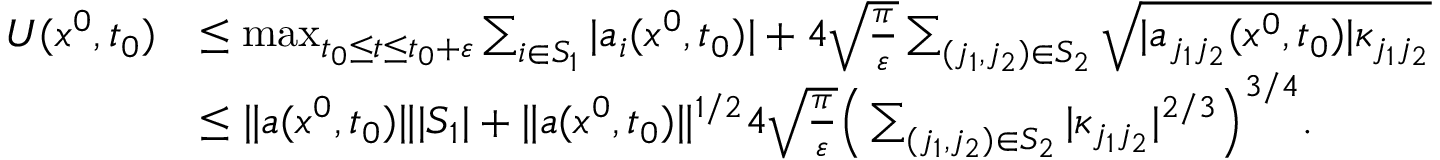
\begin{array} { r l } { U ( x ^ { 0 } , t _ { 0 } ) } & { \le \operatorname* { m a x } _ { t _ { 0 } \le t \le t _ { 0 } + \varepsilon } \sum _ { i \in S _ { 1 } } | a _ { i } ( x ^ { 0 } , t _ { 0 } ) | + 4 \sqrt { \frac { \pi } { \varepsilon } } \sum _ { ( j _ { 1 } , j _ { 2 } ) \in S _ { 2 } } \sqrt { | a _ { j _ { 1 } j _ { 2 } } ( x ^ { 0 } , t _ { 0 } ) | \kappa _ { j _ { 1 } j _ { 2 } } } } \\ & { \le \| a ( x ^ { 0 } , t _ { 0 } ) \| | S _ { 1 } | + \| a ( x ^ { 0 } , t _ { 0 } ) \| ^ { 1 / 2 } 4 \sqrt { \frac { \pi } { \varepsilon } } \Big ( \sum _ { ( j _ { 1 } , j _ { 2 } ) \in S _ { 2 } } | \kappa _ { j _ { 1 } j _ { 2 } } | ^ { 2 / 3 } \Big ) ^ { 3 / 4 } . } \end{array}